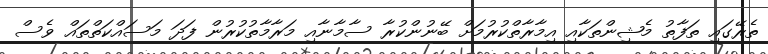
ތެރޭގައި ތަފާތު މެޝިންތަކާއި އިމާރާތްކުރުމަށް ބޭނުންކުރާ ސާމާނާއި މަރާމާތުކުރުން ފަދަ މަސައްކަތްތައް ވެސް